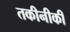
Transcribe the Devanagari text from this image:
तकीनीकी